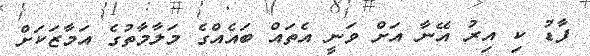
ފާޑު ކި އިރު އޭނާ އަށް ވަނީ އެތައް ބައެއްގެ މަލާމާތުގެ އަމާޒަކަށް